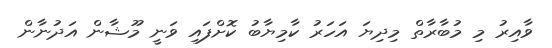
ވާއިރު މި މުބާރާތް މިދިޔަ އަހަރު ކާމިޔާބު ކޮށްފައި ވަނީ މޫޝާން އަދުނާން